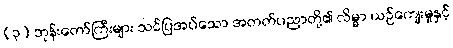
(၃) ဘုန်းတော်ကြီးများ သင်ပြအပ်သော အတတ်ပညာတို့၏ လိမ္မာ ယဉ်ကျေးမှုနှင့်